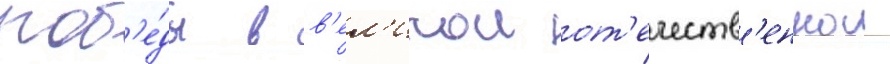
поб'е́ды в в'ел'икои от'ечеств'еннои